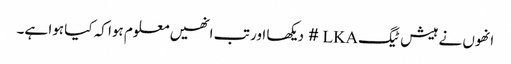
انھوں نے ہیش ٹیگ LKA # دیکھا اور تب انھیں معلوم ہوا کہ کیا ہوا ہے۔